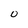
Character: 0